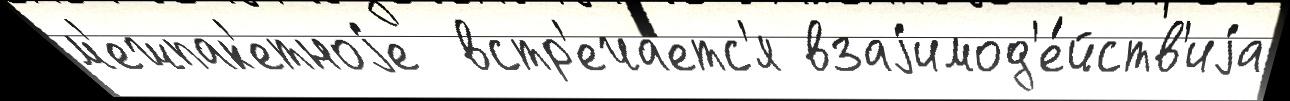
м'ежпак'етноjе  встр'еча́етс'я взаjимод'е́йств'иjа